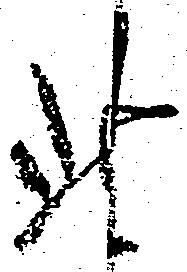
此